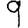
Digit: 9